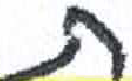
אות: ת